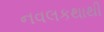
નવલકથાથી